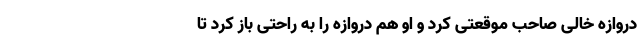
دروازه خالی صاحب موقعتی کرد و او هم دروازه را به راحتی باز کرد تا